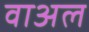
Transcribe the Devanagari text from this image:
वाअल